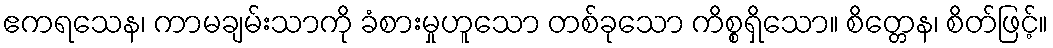
ဧကရသေန၊ ကာမချမ်းသာကို ခံစားမှုဟူသော တစ်ခုသော ကိစ္စရှိသော။ စိတ္တေန၊ စိတ်ဖြင့်။